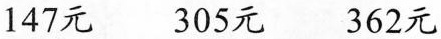
147元 305元 362元